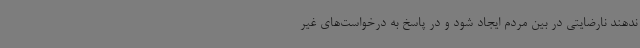
ندهند نارضایتی در بین مردم ایجاد شود و در پاسخ به درخواست‌های غیر